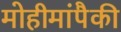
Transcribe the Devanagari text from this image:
मोहीमांपैकी